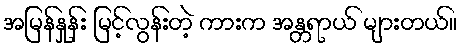
အမြန်နှုန်း မြင့်လွန်းတဲ့ ကားက အန္တရာယ် များတယ်။